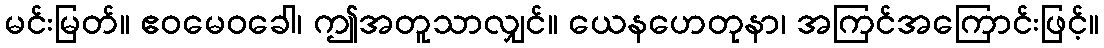
မင်းမြတ်။ ဧဝမေဝခေါ၊ ဤအတူသာလျှင်။ ယေနဟေတုနာ၊ အကြင်အကြောင်းဖြင့်။